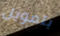
بتمويل